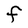
Character: F